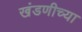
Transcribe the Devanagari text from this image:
खंडणीच्या